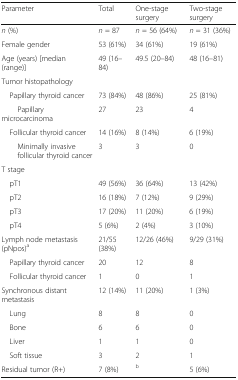
| Parameter | Total | One-stage surgery | Two-stage surgery |
 | --- | --- | --- | --- |
 | n (%) | n = 87 | n = 56 (64%) | n = 31 (36%) |
 | Female gender | 53 (61%) | 34 (61%) | 19 (61%) |
 | Age (years) [median (range)] | 49 (16–84) | 49.5 (20–84) | 48 (16–81) |
 | <COLSPAN=4> Tumor histopathology |
 | Papillary thyroid cancer | 73 (84%) | 48 (86%) | 25 (81%) |
 | Papillary microcarcinoma | 27 | 23 | 4 |
 | Follicular thyroid cancer | 14 (16%) | 8 (14%) | 6 (19%) |
 | Minimally invasive follicular thyroid cancer | 3 | 3 | 0 |
 | <COLSPAN=4> T stage |
 | pT1 | 49 (56%) | 36 (64%) | 13 (42%) |
 | pT2 | 16 (18%) | 7 (12%) | 9 (29%) |
 | pT3 | 17 (20%) | 11 (20%) | 6 (19%) |
 | pT4 | 5 (6%) | 2 (4%) | 3 (10%) |
 | Lymph node metastasis (pNpos)a | 21/55 (38%) | 12/26 (46%) | 9/29 (31%) |
 | Papillary thyroid cancer | 20 | 12 | 8 |
 | Follicular thyroid cancer | 1 | 0 | 1 |
 | Synchronous distant metastasis | 12 (14%) | 11 (20%) | 1 (3%) |
 | Lung | 8 | 8 | 0 |
 | Bone | 6 | 6 | 0 |
 | Liver | 1 | 1 | 0 |
 | Soft tissue | 3 | 2 | 1 |
 | Residual tumor (R+) | 7 (8%) | b | 5 (6%) |